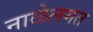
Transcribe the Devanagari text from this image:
नाळेलगत